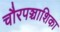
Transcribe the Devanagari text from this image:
चौरपञ्चाशिका